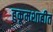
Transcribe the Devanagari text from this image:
हुकूमशाहीत